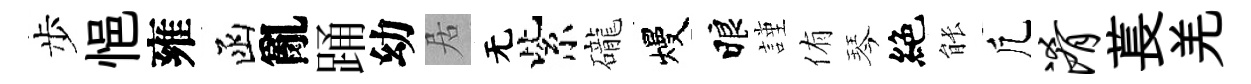
步悒雍函亂踊幼居无紫礲熳睱謹侑琴絶䏻凢淆萇羌